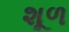
શૂળ